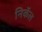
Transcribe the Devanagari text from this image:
निकॅल